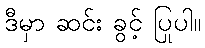
ဒီမှာ ဆင်း ခွင့် ပြုပါ။